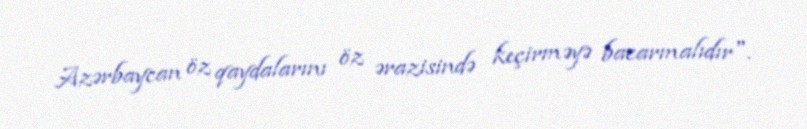
Azərbaycan öz qaydalarını öz ərazisində keçirməyə bacarmalıdır".